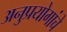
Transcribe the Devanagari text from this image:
अनुप्रयोगांचे